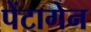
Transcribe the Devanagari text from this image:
पेंटागेन